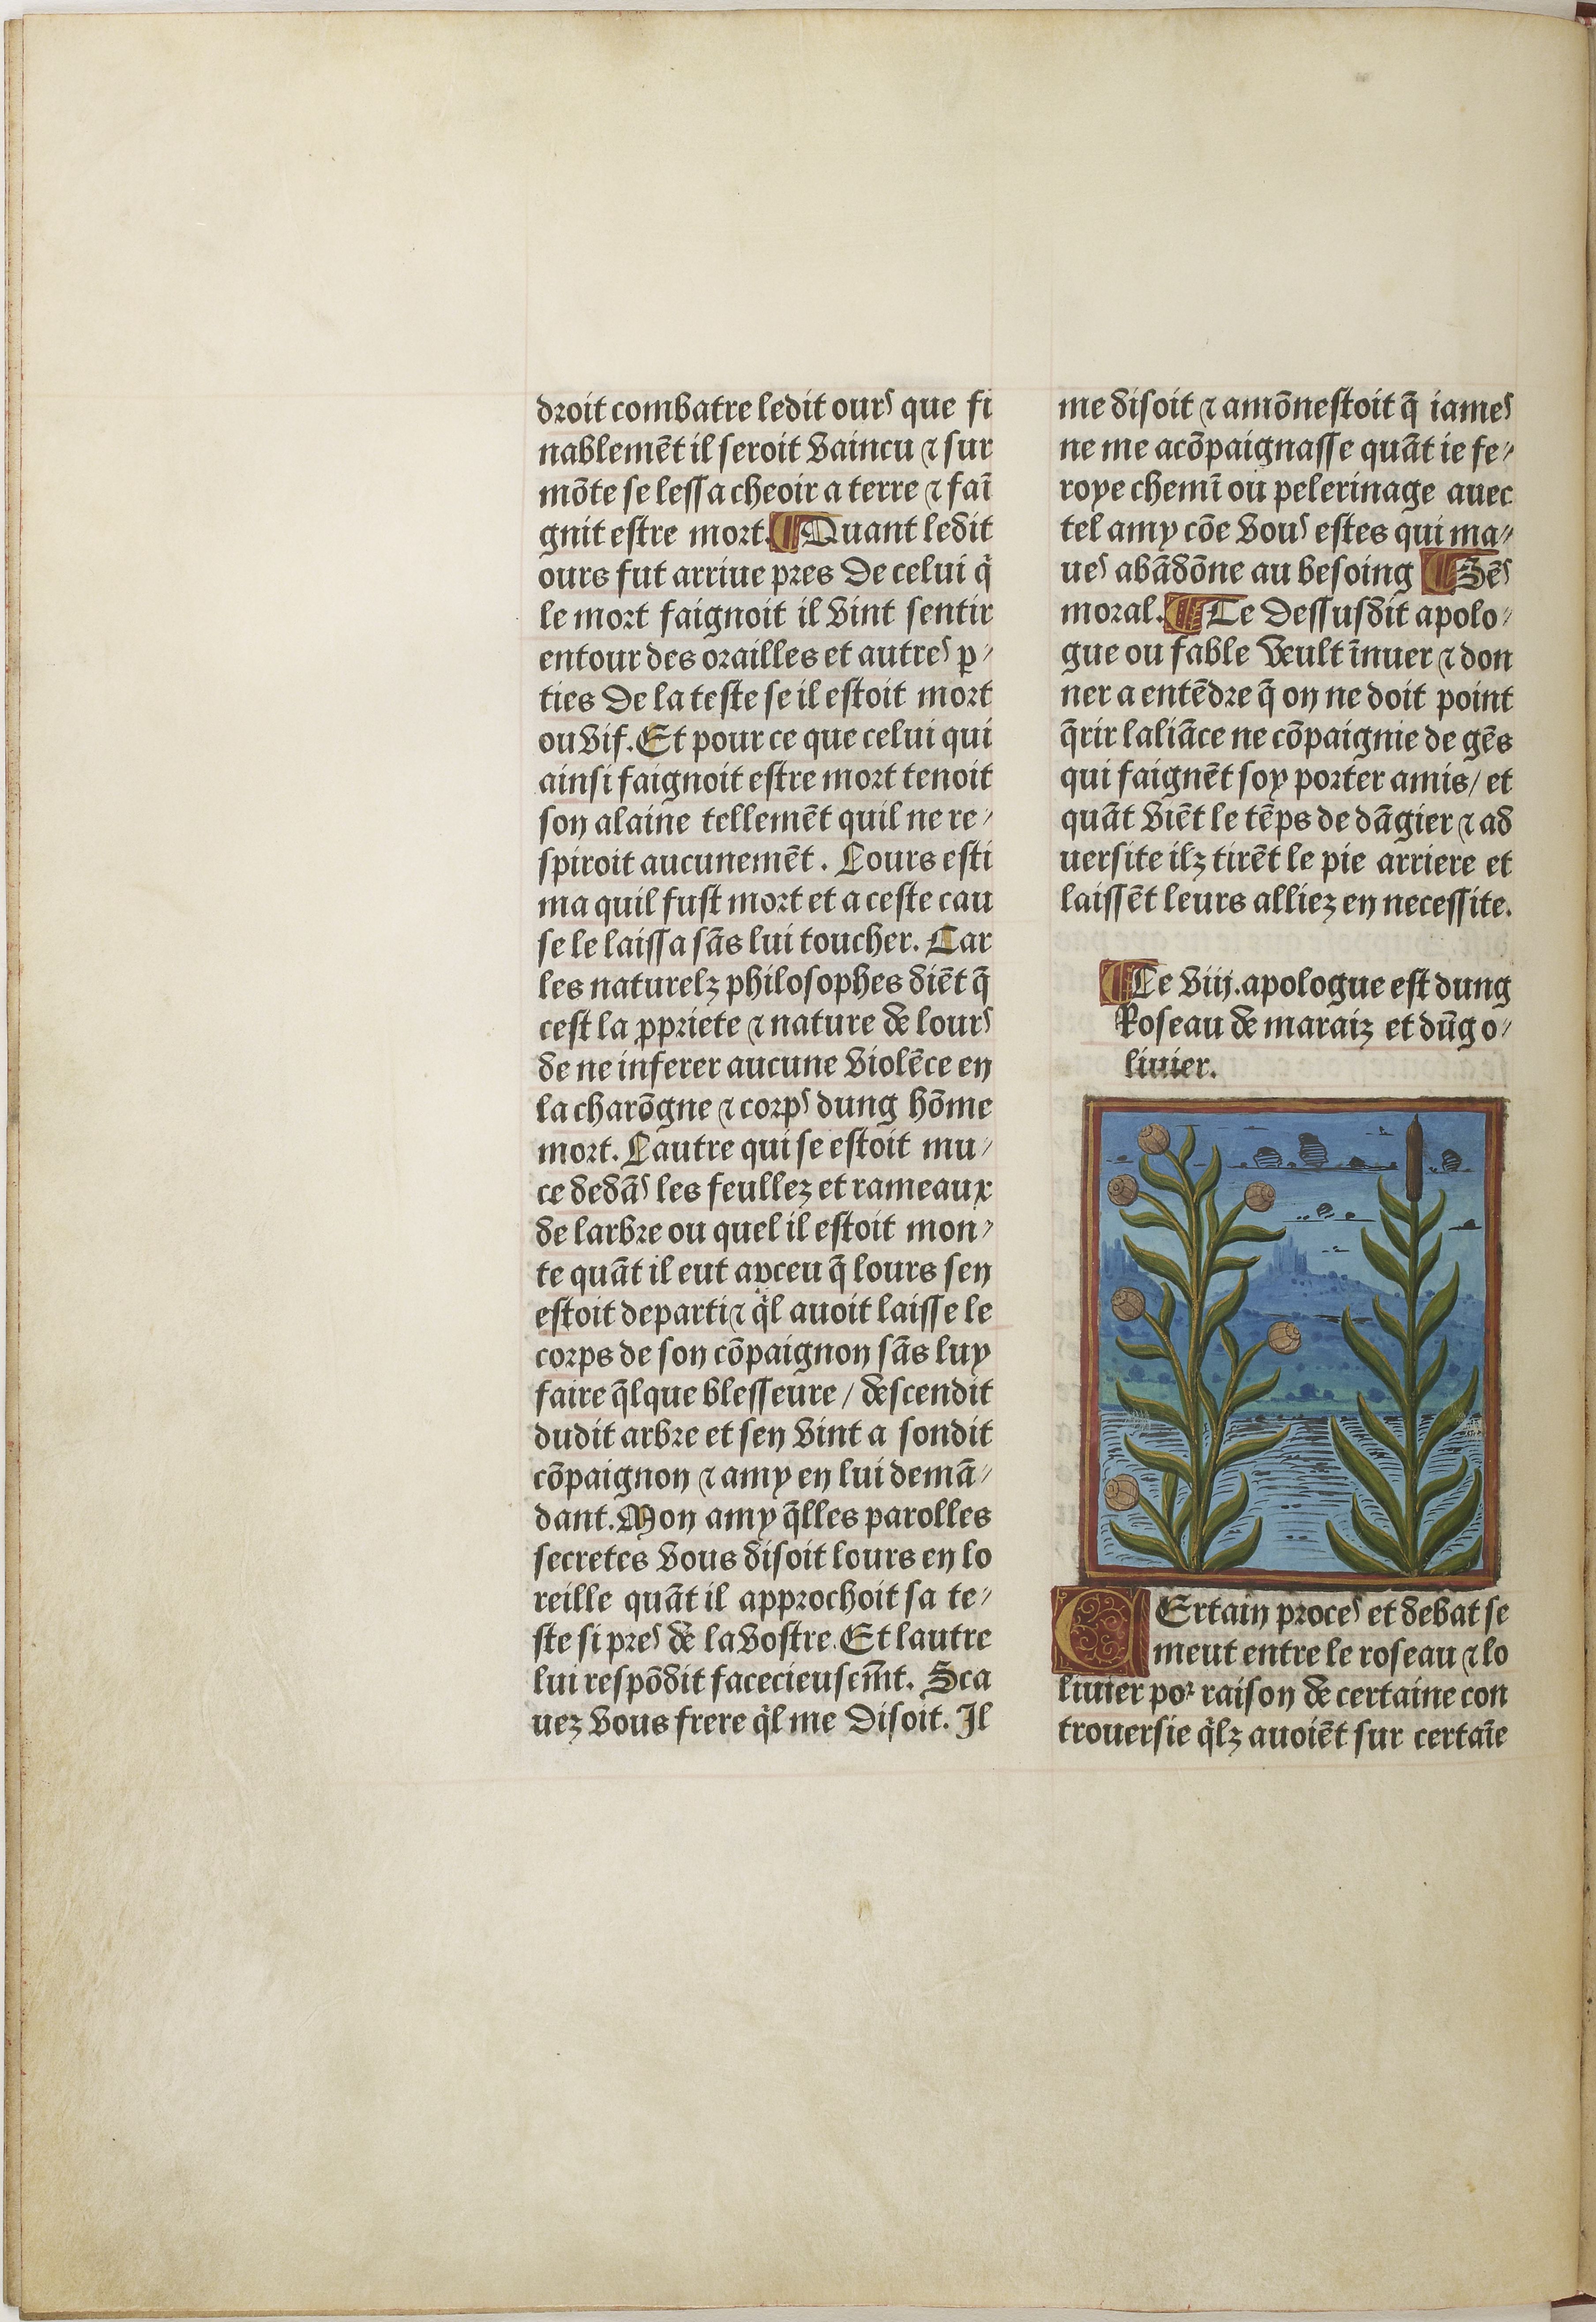
Shelfmark: Paris, BnF, Velins 611
Century: 15